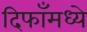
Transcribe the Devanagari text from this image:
दिफाँमध्ये